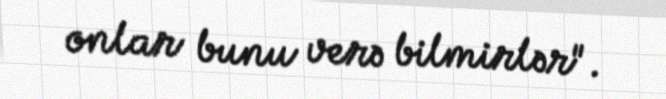
onlar bunu verə bilmirlər".